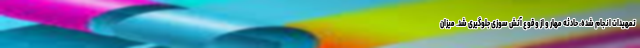
تمهیدات انجام شده، حادثه مهار و از وقوع آتش سوزی جلوگیری شد. میزان